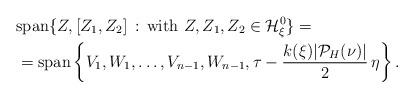
LaTeX: \begin{align*}&{\rm{span}}\{Z, [Z_1, Z_2]\,:\, \mbox{with }Z, Z_1, Z_2 \in \mathcal{H}^0_\xi\}=\\&={\rm{span}}\left\{ V_1, W_1,\ldots, V_{n-1}, W_{n-1}, \tau-\frac{k(\xi)|\mathcal{P}_H(\nu)|}{2}\,\eta\right\}.\end{align*}